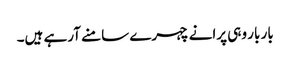
بار بار وہی پرانے چہرے سامنے آرہے ہیں۔